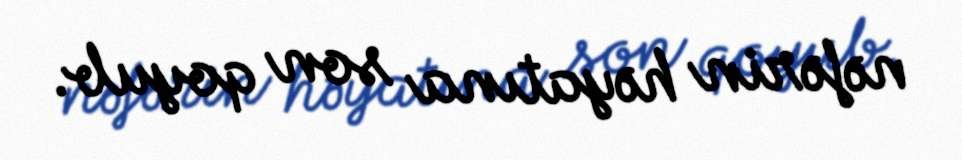
nəfərin həyatına son qoyub.